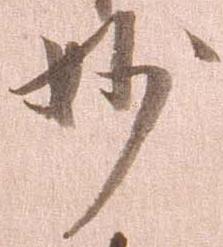
妙